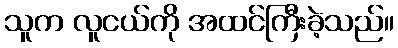
သူက လူငယ်ကို အထင်ကြီးခဲ့သည်။